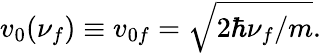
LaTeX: v_{0}(\nu_{f})\equiv v_{0f}=\sqrt{2\hbar\nu_{f}/m}.